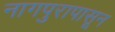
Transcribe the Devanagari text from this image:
नागपुरापासून